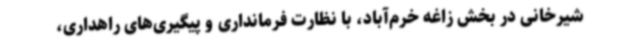
شیرخانی در بخش زاغه خرم‌آباد، با نظارت فرمانداری و پیگیری‌های راهداری،